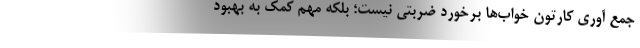
جمع ‌آوری کارتون خواب‌ها برخورد ضربتی نیست؛ بلکه مهم کمک به بهبود